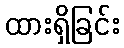
ထားရှိခြင်း